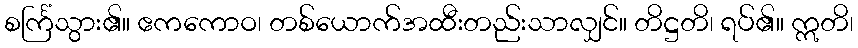
စင်္ကြံသွား၏။ ဧကကောဝ၊ တစ်ယောက်အထီးတည်းသာလျှင်။ တိဋ္ဌတိ၊ ရပ်၏။ ဣတိ၊